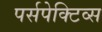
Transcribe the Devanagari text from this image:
पर्सपेक्टिव्स